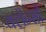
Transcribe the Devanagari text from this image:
क्लॅन्सी